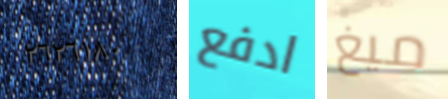
٢٦٢٦١٨٠ ادفع ميغ